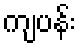
ကျပန်း